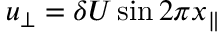
u _ { \perp } = \delta U \sin 2 \pi x _ { \| }